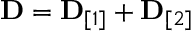
\begin{array} { r } { { \bf D } = { \bf D } _ { [ 1 ] } + { \bf D } _ { [ 2 ] } } \end{array}